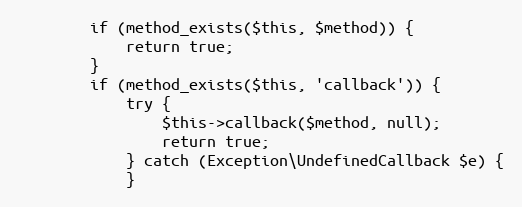
Language: PHP
        if (method_exists($this, $method)) {
            return true;
        }
        if (method_exists($this, 'callback')) {
            try {
                $this->callback($method, null);
                return true;
            } catch (Exception\UndefinedCallback $e) {
            }